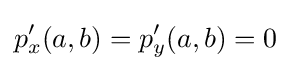
p'_{x}(a,b)=p'_{y}(a,b)=0